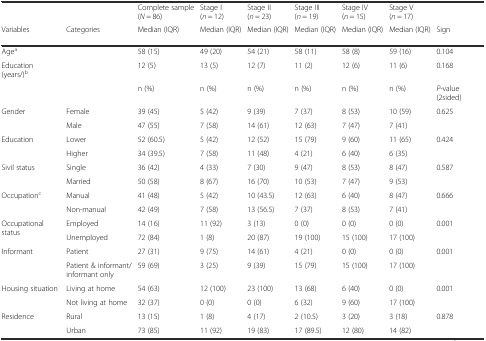
<table><thead><tr><td></td><td></td><td><b>Complete sample (<i>N</i> = 86)</b></td><td><b>Stage I (<i>n</i> = 12)</b></td><td><b>Stage II (<i>n</i> = 23)</b></td><td><b>Stage III (<i>n</i> = 19)</b></td><td><b>Stage IV (<i>n</i> = 15)</b></td><td><b>Stage V (<i>n</i> = 17)</b></td><td></td></tr><tr><td><b>Variables</b></td><td><b>Categories</b></td><td><b>Median (IQR)</b></td><td><b>Median (IQR)</b></td><td><b>Median (IQR)</b></td><td><b>Median (IQR)</b></td><td><b>Median (IQR)</b></td><td><b>Median (IQR)</b></td><td><b>Sign</b></td></tr></thead><tbody><tr><td>Age<sup>a</sup></td><td></td><td>58 (15)</td><td>49 (20)</td><td>54 (21)</td><td>58 (11)</td><td>58 (8)</td><td>59 (16)</td><td>0.104</td></tr><tr><td>Education (years/)<sup>b</sup></td><td></td><td>12 (5)</td><td>13 (5)</td><td>12 (7)</td><td>11 (2)</td><td>12 (6)</td><td>11 (6)</td><td>0.168</td></tr><tr><td></td><td></td><td>n (%)</td><td>n (%)</td><td>n (%)</td><td>n (%)</td><td>n (%)</td><td>n (%)</td><td><i>P</i>-value (2sided)</td></tr><tr><td rowspan="2">Gender</td><td>Female</td><td>39 (45)</td><td>5 (42)</td><td>9 (39)</td><td>7 (37)</td><td>8 (53)</td><td>10 (59)</td><td rowspan="2">0.625</td></tr><tr><td>Male</td><td>47 (55)</td><td>7 (58)</td><td>14 (61)</td><td>12 (63)</td><td>7 (47)</td><td>7 (41)</td></tr><tr><td rowspan="2">Education</td><td>Lower</td><td>52 (60.5)</td><td>5 (42)</td><td>12 (52)</td><td>15 (79)</td><td>9 (60)</td><td>11 (65)</td><td rowspan="2">0.424</td></tr><tr><td>Higher</td><td>34 (39.5)</td><td>7 (58)</td><td>11 (48)</td><td>4 (21)</td><td>6 (40)</td><td>6 (35)</td></tr><tr><td rowspan="2">Sivil status</td><td>Single</td><td>36 (42)</td><td>4 (33)</td><td>7 (30)</td><td>9 (47)</td><td>8 (53)</td><td>8 (47)</td><td rowspan="2">0.587</td></tr><tr><td>Married</td><td>50 (58)</td><td>8 (67)</td><td>16 (70)</td><td>10 (53)</td><td>7 (47)</td><td>9 (53)</td></tr><tr><td rowspan="2">Occupation<sup>c</sup></td><td>Manual</td><td>41 (48)</td><td>5 (42)</td><td>10 (43.5)</td><td>12 (63)</td><td>6 (40)</td><td>8 (47)</td><td rowspan="2">0.666</td></tr><tr><td>Non-manual</td><td>42 (49)</td><td>7 (58)</td><td>13 (56.5)</td><td>7 (37)</td><td>8 (53)</td><td>7 (41)</td></tr><tr><td rowspan="2">Occupational status</td><td>Employed</td><td>14 (16)</td><td>11 (92)</td><td>3 (13)</td><td>0 (0)</td><td>0 (0)</td><td>0 (0)</td><td rowspan="2">0.001</td></tr><tr><td>Unemployed</td><td>72 (84)</td><td>1 (8)</td><td>20 (87)</td><td>19 (100)</td><td>15 (100)</td><td>17 (100)</td></tr><tr><td rowspan="2">Informant</td><td>Patient</td><td>27 (31)</td><td>9 (75)</td><td>14 (61)</td><td>4 (21)</td><td>0 (0)</td><td>0 (0)</td><td rowspan="2">0.001</td></tr><tr><td>Patient &amp; informant/informant only</td><td>59 (69)</td><td>3 (25)</td><td>9 (39)</td><td>15 (79)</td><td>15 (100)</td><td>17 (100)</td></tr><tr><td rowspan="2">Housing situation</td><td>Living at home</td><td>54 (63)</td><td>12 (100)</td><td>23 (100)</td><td>13 (68)</td><td>6 (40)</td><td>0 (0)</td><td rowspan="2">0.001</td></tr><tr><td>Not living at home</td><td>32 (37)</td><td>0 (0)</td><td>0 (0)</td><td>6 (32)</td><td>9 (60)</td><td>17 (100)</td></tr><tr><td rowspan="2">Residence</td><td>Rural</td><td>13 (15)</td><td>1 (8)</td><td>4 (17)</td><td>2 (10.5)</td><td>3 (20)</td><td>3 (18)</td><td rowspan="2">0.878</td></tr><tr><td>Urban</td><td>73 (85)</td><td>11 (92)</td><td>19 (83)</td><td>17 (89.5)</td><td>12 (80)</td><td>14 (82)</td></tr></tbody></table>